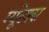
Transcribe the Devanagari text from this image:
म्यूरेक्स